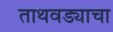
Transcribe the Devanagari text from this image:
ताथवड्याचा